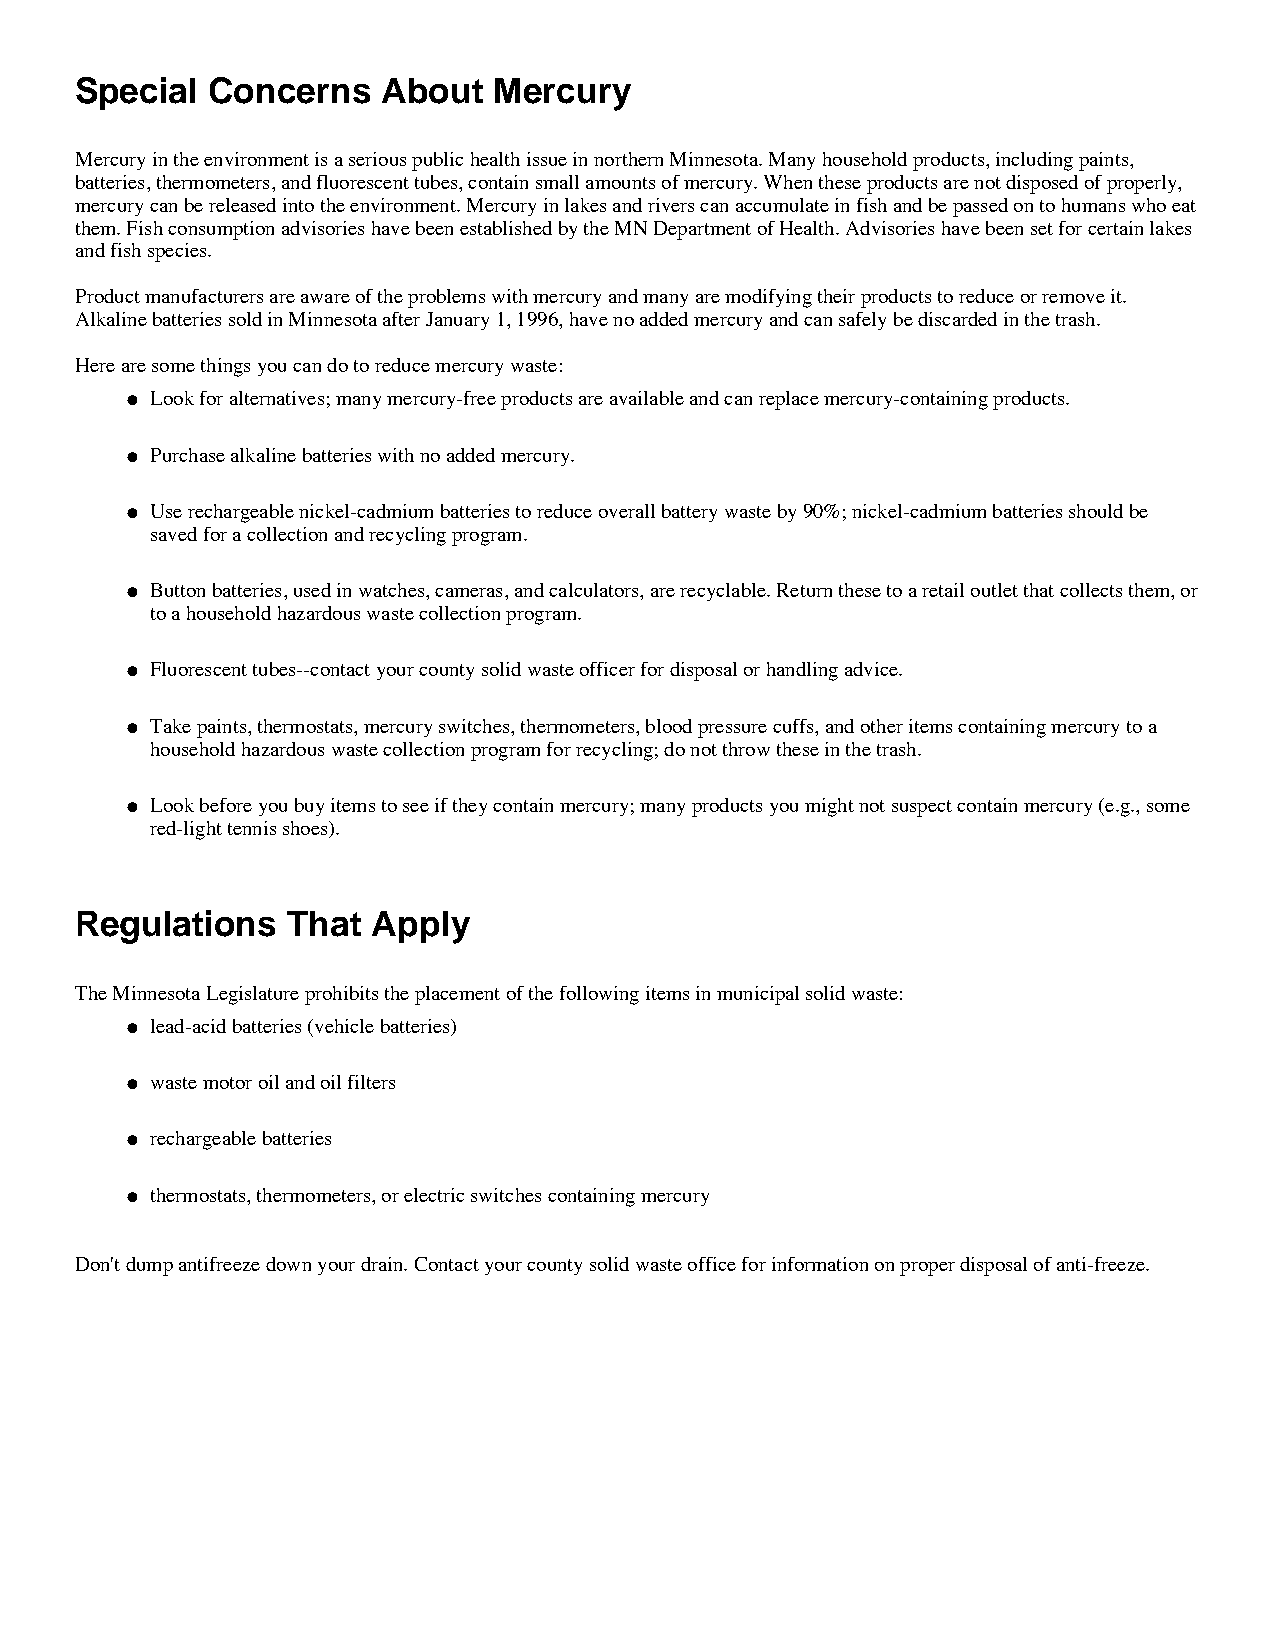
Special  Concerns   About   Mercury
 Mercury in the environment is a serious public health issue in northern Minnesota. Many household products, including paints,
 batteries, thermometers, and fluorescent tubes, contain small amounts of mercury. When these products are not disposed of properly,
 mercury can be released into the environment. Mercury in lakes and rivers can accumulate in fish and be passed on to humans who eat
 them. Fish consumption advisories have been established by the MN Department of Health. Advisories have been set for certain lakes
 and fish species.
 Product manufacturers are aware of the problems with mercury and many are modifying their products to reduce or remove it.
 Alkaline batteries sold in Minnesota after January 1, 1996, have no added mercury and can safely be discarded in the trash.
 Here are some things you can do to reduce mercury waste:
 Look for alternatives; many mercury-free products are available and can replace mercury-containing products.
 l
 Purchase alkaline batteries with no added mercury.
 l
 Use rechargeable nickel-cadmium batteries to reduce overall battery waste by 90%; nickel-cadmium batteries should be
 l
 saved for a collection and recycling program.
 Button batteries, used in watches, cameras, and calculators, are recyclable. Return these to a retail outlet that collects them, or
 l
 to a household hazardous waste collection program.
 Fluorescent tubes--contact your county solid waste officer for disposal or handling advice.
 l
 Take paints, thermostats, mercury switches, thermometers, blood pressure cuffs, and other items containing mercury to a
 l
 household hazardous waste collection program for recycling; do not throw these in the trash.
 Look before you buy items to see if they contain mercury; many products you might not suspect contain mercury (e.g., some
 l
 red-light tennis shoes).
 Regulations   That  Apply
 The Minnesota Legislature prohibits the placement of the following items in municipal solid waste:
 lead-acid batteries (vehicle batteries)
 l
 waste motor oil and oil filters
 l
 rechargeable batteries
 l
 thermostats, thermometers, or electric switches containing mercury
 l
 Don't dump antifreeze down your drain. Contact your county solid waste office for information on proper disposal of anti-freeze.